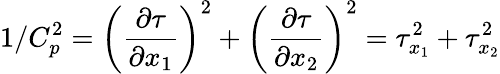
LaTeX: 1/C_{p}^{2}=\left(\frac{\partial\tau}{\partial x_{1}}\right)^{2}+\left(\frac{\partial\tau}{\partial x_{2}}\right)^{2}=\tau_{x_{1}}^{2}+\tau_{x_{2}}^{2}